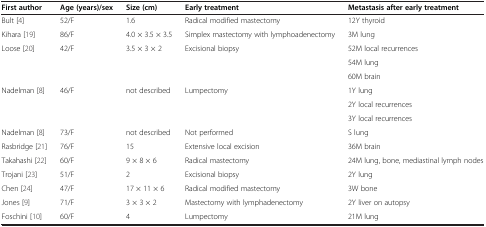
<table><thead><tr><td><b>First author</b></td><td><b>Age (years)/sex</b></td><td><b>Size (cm)</b></td><td><b>Early treatment</b></td><td><b>Metastasis after early treatment</b></td></tr></thead><tbody><tr><td>Bult [4]</td><td>52/F</td><td>1.6</td><td>Radical modified mastectomy</td><td>12Y thyroid</td></tr><tr><td>Kihara [19]</td><td>86/F</td><td>4.0 × 3.5 × 3.5</td><td>Simplex mastectomy with lymphoadenectomy</td><td>3M lung</td></tr><tr><td rowspan="3">Loose [20]</td><td rowspan="3">42/F</td><td rowspan="3">3.5 × 3 × 2</td><td rowspan="3">Excisional biopsy</td><td>52M local recurrences</td></tr><tr><td>54M lung</td></tr><tr><td>60M brain</td></tr><tr><td rowspan="3">Nadelman [8]</td><td rowspan="3">46/F</td><td rowspan="3">not described</td><td rowspan="3">Lumpectomy</td><td>1Y lung</td></tr><tr><td>2Y local recurrences</td></tr><tr><td>3Y local recurrences</td></tr><tr><td>Nadelman [8]</td><td>73/F</td><td>not described</td><td>Not performed</td><td>S lung</td></tr><tr><td>Rasbridge [21]</td><td>76/F</td><td>15</td><td>Extensive local excision</td><td>36M brain</td></tr><tr><td>Takahashi [22]</td><td>60/F</td><td>9 × 8 × 6</td><td>Radical mastectomy</td><td>24M lung, bone, mediastinal lymph nodes</td></tr><tr><td>Trojani [23]</td><td>51/F</td><td>2</td><td>Excisional biopsy</td><td>2Y lung</td></tr><tr><td>Chen [24]</td><td>47/F</td><td>17 × 11 × 6</td><td>Radical modified mastectomy</td><td>3W bone</td></tr><tr><td>Jones [9]</td><td>71/F</td><td>3 × 3 × 2</td><td>Mastectomy with lymphadenectomy</td><td>2Y liver on autopsy</td></tr><tr><td>Foschini [10]</td><td>60/F</td><td>4</td><td>Lumpectomy</td><td>21M lung</td></tr></tbody></table>